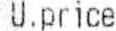
U.PRICE